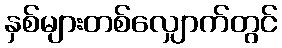
နှစ်များတစ်လျှောက်တွင်